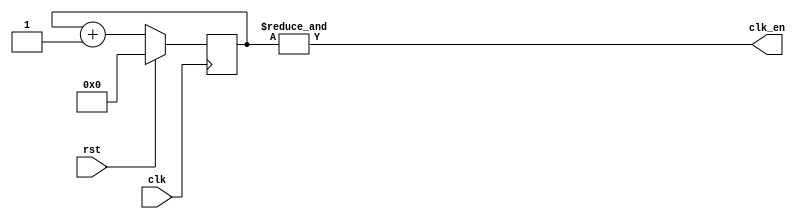
`timescale 1ns / 1ps
//////////////////////////////////////////////////////////////////////////////////
// Company: 
// Engineer: 
// 
// Design Name: 
// Module Name: clk_div
// Project Name: 
// Target Devices: 
// Tool Versions: 
// Description: 
// 
// Dependencies: 
// 
// Revision:
// Revision 0.01 - File Created
// Additional Comments:
// 
//////////////////////////////////////////////////////////////////////////////////


module clk_div(input clk, input rst, output clk_en);
reg [24:0] clk_count;
always @ (posedge clk)
// posedge defines a rising edge (transition from 0 to 1)
begin
 if (rst)
 clk_count <= 0;
 else
 clk_count <= clk_count + 1;
end
assign clk_en = &clk_count;
endmodule